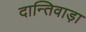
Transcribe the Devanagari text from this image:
दान्तिवाड़ा